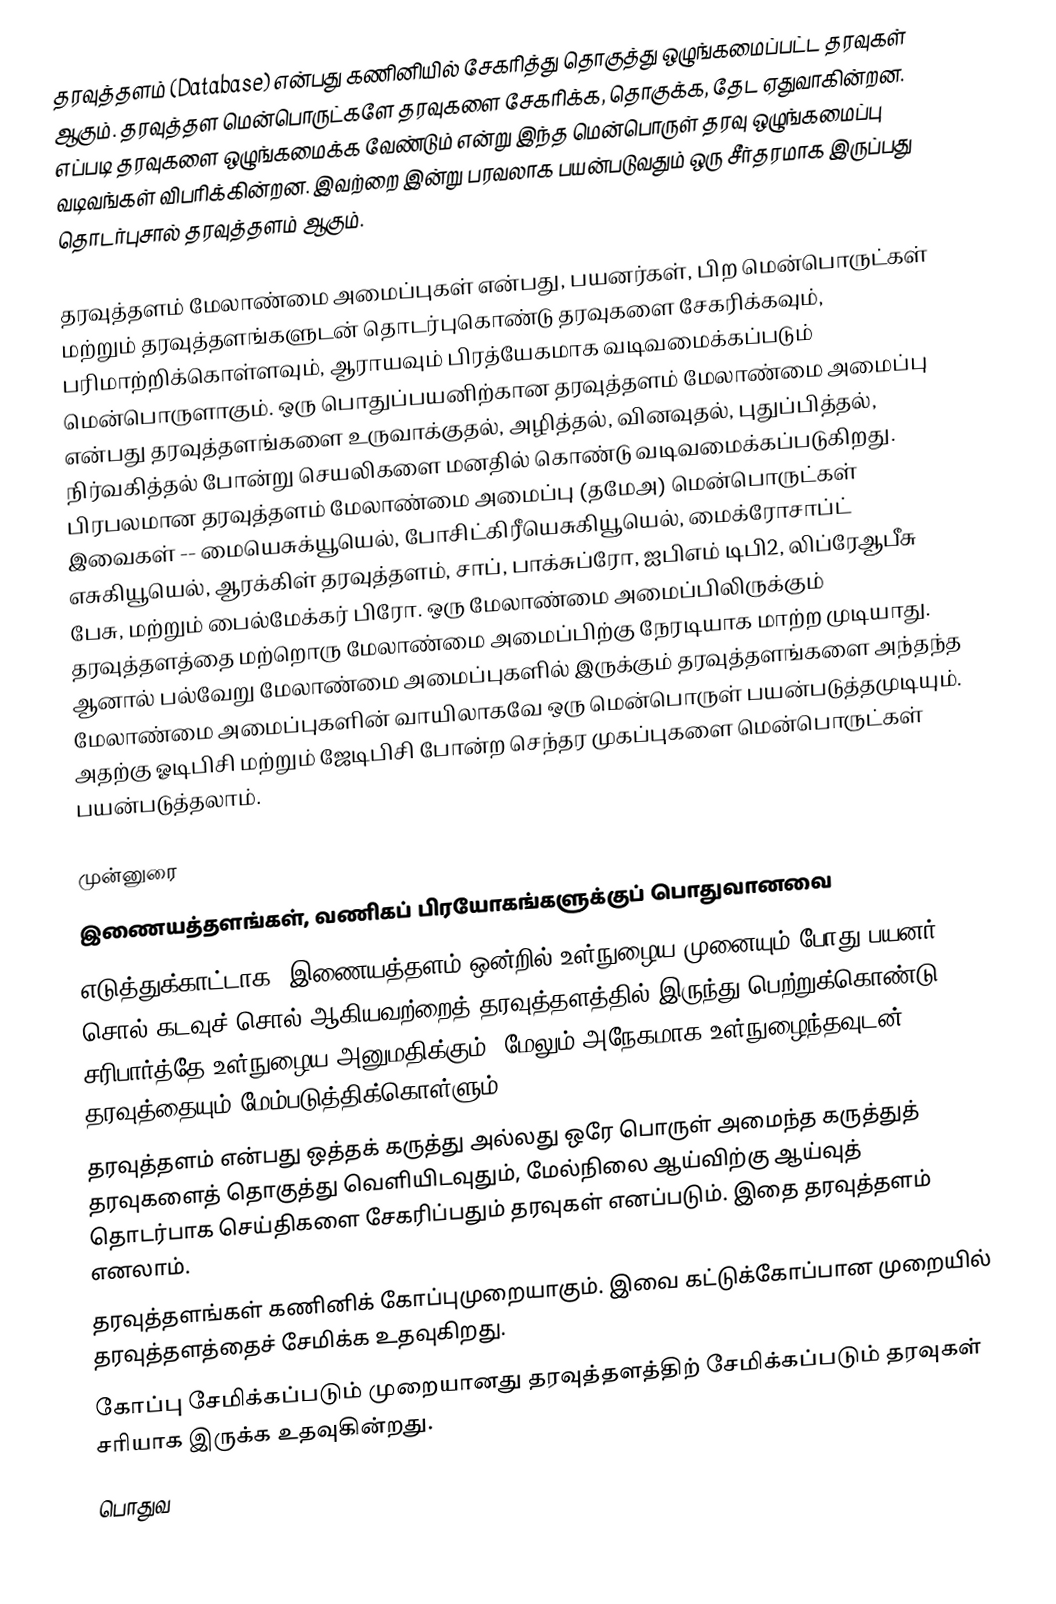
தரவுத்தளம் (Database) என்பது கணினியில் சேகரித்து தொகுத்து ஒழுங்கமைப்பட்ட தரவுகள் ஆகும்.  தரவுத்தள மென்பொருட்களே தரவுகளை சேகரிக்க, தொகுக்க, தேட ஏதுவாகின்றன. எப்படி தரவுகளை ஒழுங்கமைக்க வேண்டும் என்று இந்த மென்பொருள் தரவு ஒழுங்கமைப்பு வடிவங்கள் விபரிக்கின்றன. இவற்றை இன்று பரவலாக பயன்படுவதும் ஒரு சீர்தரமாக இருப்பது தொடர்புசால் தரவுத்தளம் ஆகும்.

தரவுத்தளம் மேலாண்மை அமைப்புகள் என்பது,  பயனர்கள்,  பிற மென்பொருட்கள் மற்றும் தரவுத்தளங்களுடன் தொடர்புகொண்டு தரவுகளை சேகரிக்கவும், பரிமாற்றிக்கொள்ளவும், ஆராயவும் பிரத்யேகமாக வடிவமைக்கப்படும் மென்பொருளாகும்.  ஒரு பொதுப்பயனிற்கான தரவுத்தளம் மேலாண்மை அமைப்பு என்பது தரவுத்தளங்களை உருவாக்குதல், அழித்தல், வினவுதல், புதுப்பித்தல், நிர்வகித்தல் போன்று செயலிகளை மனதில் கொண்டு வடிவமைக்கப்படுகிறது. பிரபலமான தரவுத்தளம் மேலாண்மை அமைப்பு (தமேஅ) மென்பொருட்கள் இவைகள் -- மையெசுக்யூயெல், போசிட்கிரீயெசுகியூயெல், மைக்ரோசாப்ட் எசுகியூயெல், ஆரக்கிள் தரவுத்தளம்,  சாப், பாக்சுப்ரோ, ஐபிஎம் டிபி2, லிப்ரேஆபீசு பேசு, மற்றும் பைல்மேக்கர் பிரோ.  ஒரு மேலாண்மை அமைப்பிலிருக்கும் தரவுத்தளத்தை மற்றொரு மேலாண்மை அமைப்பிற்கு நேரடியாக மாற்ற முடியாது.  ஆனால் பல்வேறு மேலாண்மை அமைப்புகளில் இருக்கும் தரவுத்தளங்களை அந்தந்த மேலாண்மை அமைப்புகளின் வாயிலாகவே ஒரு மென்பொருள் பயன்படுத்தமுடியும்.  அதற்கு ஓடிபிசி மற்றும் ஜேடிபிசி போன்ற செந்தர முகப்புகளை மென்பொருட்கள் பயன்படுத்தலாம்.

முன்னுரை
 இணையத்தளங்கள், வணிகப் பிரயோகங்களுக்குப் பொதுவானவை
எடுத்துக்காட்டாக, இணையத்தளம் ஒன்றில் உள்நுழைய முனையும் போது பயனர் சொல் கடவுச் சொல் ஆகியவற்றைத் தரவுத்தளத்தில் இருந்து பெற்றுக்கொண்டு சரிபார்த்தே உள்நுழைய அனுமதிக்கும். மேலும் அநேகமாக உள்நுழைந்தவுடன் தரவுத்தையும் மேம்படுத்திக்கொள்ளும்.
 தரவுத்தளம் என்பது ஒத்தக் கருத்து அல்லது ஒரே பொருள் அமைந்த கருத்துத் தரவுகளைத் தொகுத்து வெளியிடவுதும், மேல்நிலை ஆய்விற்கு ஆய்வுத் தொடர்பாக செய்திகளை சேகரிப்பதும் தரவுகள் எனப்படும். இதை தரவுத்தளம் எனலாம்.
 தரவுத்தளங்கள் கணினிக் கோப்புமுறையாகும். இவை கட்டுக்கோப்பான முறையில் தரவுத்தளத்தைச் சேமிக்க உதவுகிறது.
 கோப்பு சேமிக்கப்படும் முறையானது தரவுத்தளத்திற் சேமிக்கப்படும் தரவுகள் சரியாக இருக்க உதவுகின்றது.
 பொதுவ